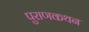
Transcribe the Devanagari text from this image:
पुराणकथन